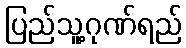
ပြည်သူ့ဂုဏ်ရည်